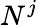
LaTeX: N^{j}